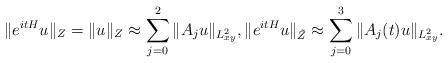
\begin{align*} \| e^{itH} u\|_{Z}= \|u\|_Z\approx \sum_{j=0}^2\|A_ju\|_{L^2_{xy}},\| e^{itH} u\|_{\tilde Z}\approx \sum_{j=0}^3\|A_j(t)u\|_{L^2_{xy}} . \end{align*}